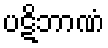
ပဋိဘာဏံ